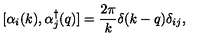
[ \alpha _ { i } ( k ) , \alpha _ { j } ^ { \dagger } ( q ) ] = \frac { 2 \pi } { k } \delta ( k - q ) \delta _ { i j } ,